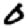
Digit: 0